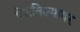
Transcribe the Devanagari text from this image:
पेटविल्यावर